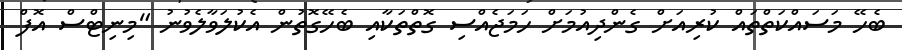
ބެހޭ މަސައްކަތްތައް ކުރިއަށް ގެންދިއުމަށް ހަމަޖެއްސި ގޮތްތަކާއި ބެހޭގޮތުން އެކުލަވާލެވުނު "މިނިޓްސް އޮފް